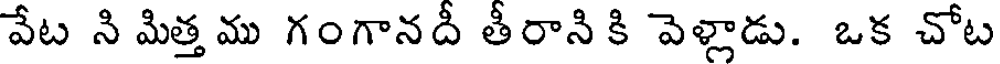
వేట ని మిత్త ము గంగానదీ తీరాని కి వెళ్లాడు. ఒక చోట